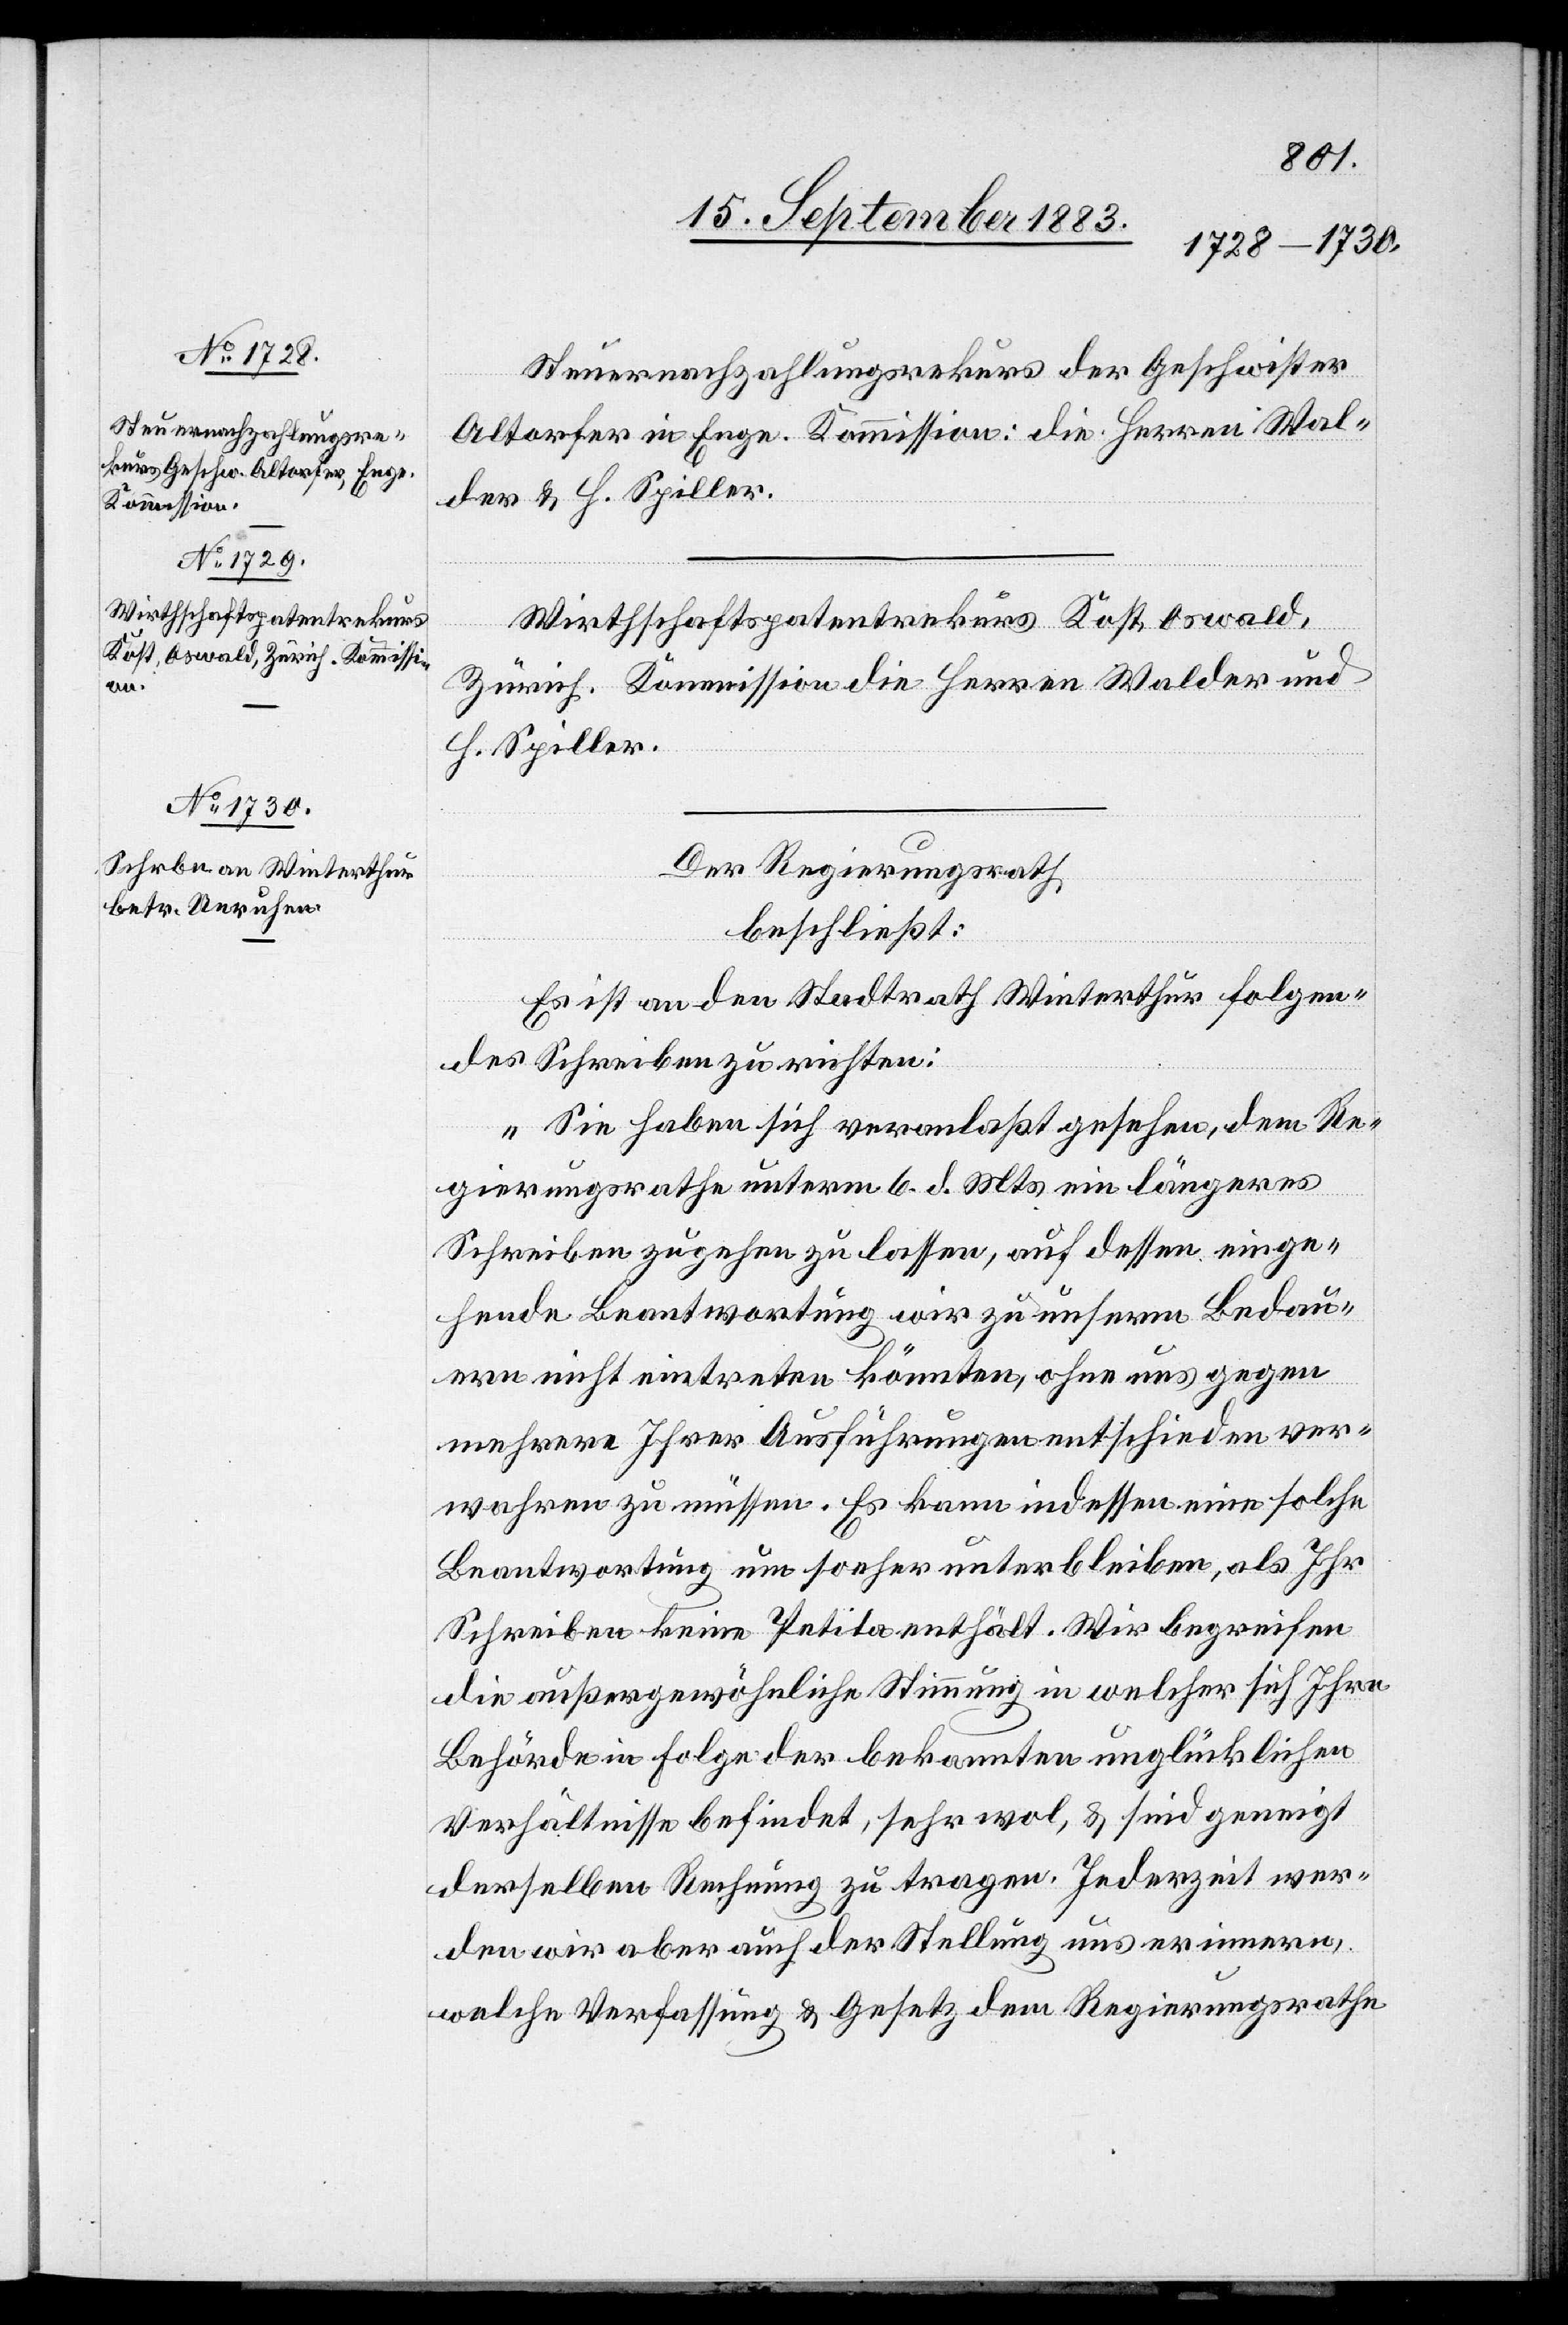
Steuernachzahlungsrekurs der Geschwister
Altorfer in Enge. Kommission: die Herren Wal¬
der & H. Spiller.
Wirthschaftspatentrekurs Kost, Oswald,
Zürich. Kommission die Herren Walder und
H. Spiller.
Der Regierungsrath,
beschließt:
Es ist an den Stadtrath Winterthur folgen¬
des Schreiben zu richten:
„Sie haben sich veranlaßt gesehen, dem Re¬
gierungsrathe unterm 6. d. Mts. ein längeres
Schreiben zugehen zu lassen, auf dessen einge¬
hende Beantwortung wir zu unserm Bedau¬
ern nicht eintreten könnten, ohne uns gegen
mehrere Ihrer Ausführungen entschieden ver¬
wahren zu müssen. Es kann indessen eine solche
Beantwortung um so eher unterbleiben, als Ihr
Schreiben keine Petita enthält. Wir begreifen
die außergewöhnliche Stimmung in welcher sich Ihre
Behörde in Folge der bekannten unglücklichen
Verhältnisse befindet, sehr wol, & sind geneigt
derselben Rechnung zu tragen. Jederzeit wer¬
den wir aber auch der Stellung uns erinnern,
welche Verfassung & Gesetz dem Regierungsrathe